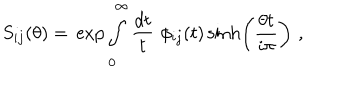
S _ { i j } ( \theta ) = \, \exp \int _ { 0 } ^ { \infty } \frac { d t } { t } \, \, \phi _ { i j } ( t ) \sinh \left( \frac { \theta t } { i \pi } \right) \, \, ,